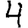
Digit: 4